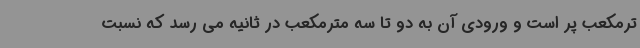
ترمکعب پر است و ورودی آن به دو تا سه مترمکعب در ثانیه می رسد که نسبت